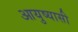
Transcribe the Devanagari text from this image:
आयुष्यासी